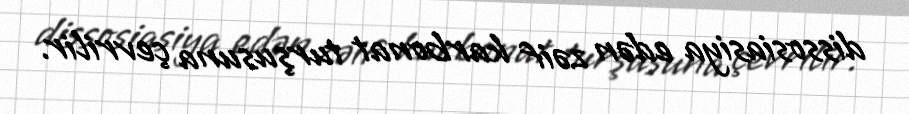
dissosiasiya edən zəif karbonat turşusuna çevrilir.